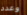
وعدد